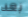
بعد